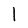
Character: l